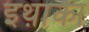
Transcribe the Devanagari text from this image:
इथ़ाका